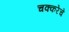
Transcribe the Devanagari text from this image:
चक्करेचे